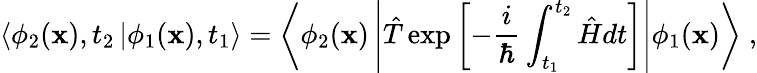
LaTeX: \left\langle\phi_{2}({\mathbf x}),t_{2}\left|\right.\phi_{1}({\mathbf x}),t_{1}\right\rangle=\left\langle\phi_{2}({\mathbf x})\left|\hat{T}\exp\left[-\frac{i}{\hbar}\int_{t_{1}}^{t_{2}}\hat{H}dt\right]\right|\phi_{1}({\mathbf x})\right\rangle\; ,